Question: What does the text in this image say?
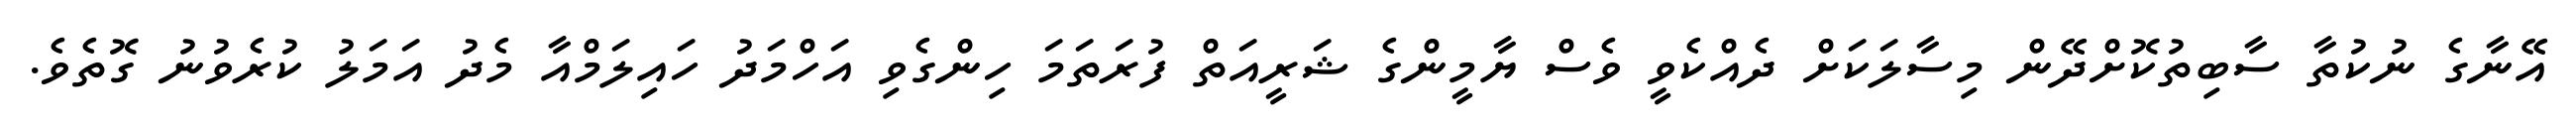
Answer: އޭނާގެ ނުކުތާ ސާބިތުކޮށްދޭން މިސާލަކަށް ދެއްކެވީ ވެސް ޔާމީންގެ ޝަރީއަތް ފުރަތަމަ ހިންގެވި އަހްމަދު ހައިލަމްއާ މެދު އަމަލު ކުރެވުނު ގޮތެވެ.